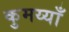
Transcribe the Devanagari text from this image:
कुमय्याँ